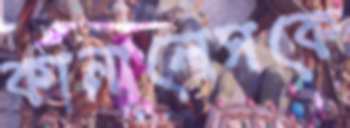
কানালেসকে